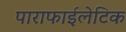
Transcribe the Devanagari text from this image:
पाराफाईलेटिक